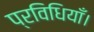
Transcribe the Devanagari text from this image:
प्रविधियाँ।